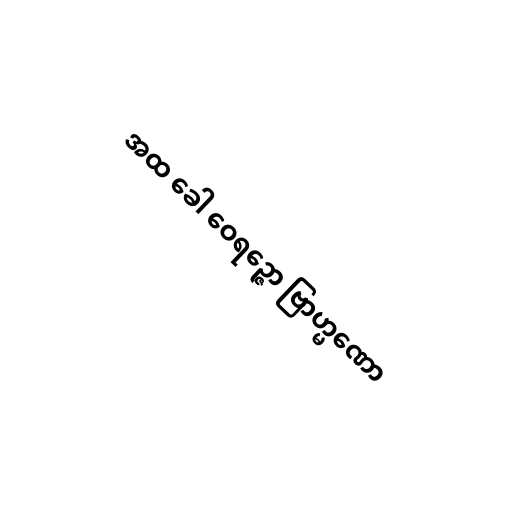
အထ ခေါ ဝေရဉ္ဇော ဗြာဟ္မဏော